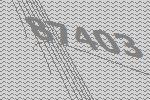
87403